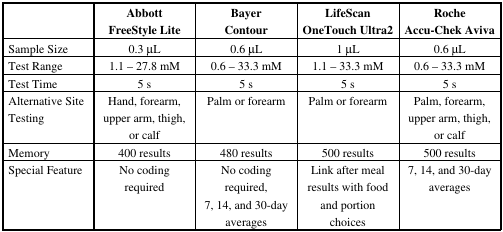
<table><thead><tr><td></td><td><b>Abbott FreeStyle Lite</b></td><td><b>Bayer Contour</b></td><td><b>LifeScan OneTouch Ultra2</b></td><td><b>Roche Accu-Chek Aviva</b></td></tr></thead><tbody><tr><td>Sample Size</td><td>0.3 μL</td><td>0.6 μL</td><td>1 μL</td><td>0.6 μL</td></tr><tr><td>Test Range</td><td>1.1 – 27.8 mM</td><td>0.6 – 33.3 mM</td><td>1.1 – 33.3 mM</td><td>0.6 – 33.3 mM</td></tr><tr><td>Test Time</td><td>5 s</td><td>5 s</td><td>5 s</td><td>5 s</td></tr><tr><td>Alternative Site Testing</td><td>Hand, forearm, upper arm, thigh, or calf</td><td>Palm or forearm</td><td>Palm or forearm</td><td>Palm, forearm, upper arm, thigh, or calf</td></tr><tr><td>Memory</td><td>400 results</td><td>480 results</td><td>500 results</td><td>500 results</td></tr><tr><td>Special Feature</td><td>No coding required</td><td>No coding required, 7, 14, and 30-day averages</td><td>Link after meal results with food and portion choices</td><td>7, 14, and 30-day averages</td></tr></tbody></table>